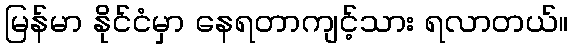
မြန်မာ နိုင်ငံမှာ နေရတာကျင့်သား ရလာတယ်။